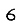
Digit: 6